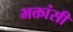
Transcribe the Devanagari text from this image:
भक्तांसी